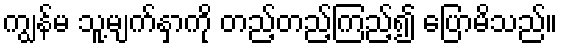
ကျွန်မ သူ့မျက်နှာကို တည့်တည့်ကြည့်၍ ပြောမိသည်။